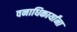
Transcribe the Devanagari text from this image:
वनाधिकार्यांना